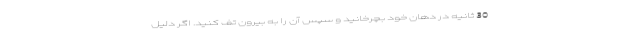
30 ثانیه در دهان خود بچرخانید و سپس آن را به بیرون تف کنید. اگر دلیل